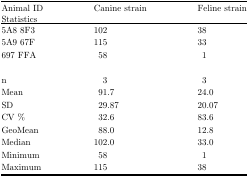
<table><thead><tr><td><b>Animal IDStatistics</b></td><td><b>Canine strain</b></td><td><b>Feline strain</b></td></tr></thead><tbody><tr><td>5A8 8F3</td><td>102</td><td>38</td></tr><tr><td>5A9 67F</td><td>115</td><td>33</td></tr><tr><td>697 FFA</td><td>58</td><td>1</td></tr><tr><td colspan="3">[EMPTY_CELL]</td></tr><tr><td>n</td><td>3</td><td>3</td></tr><tr><td>Mean</td><td>91.7</td><td>24.0</td></tr><tr><td>SD</td><td>29.87</td><td>20.07</td></tr><tr><td>CV %</td><td>32.6</td><td>83.6</td></tr><tr><td>GeoMean</td><td>88.0</td><td>12.8</td></tr><tr><td>Median</td><td>102.0</td><td>33.0</td></tr><tr><td>Minimum</td><td>58</td><td>1</td></tr><tr><td>Maximum</td><td>115</td><td>38</td></tr></tbody></table>